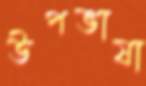
উপভাষা